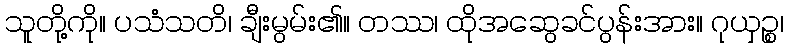
သူတို့ကို။ ပသံသတိ၊ ချီးမွမ်း၏။ တဿ၊ ထိုအဆွေခင်ပွန်းအား။ ဂုယှဉ္စ၊